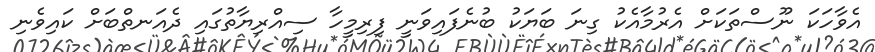
އެވާހަކަ ނޫސްތަކަށް އެރުމާއެކު ގިނަ ބަޔަކު ބުނެފައިވަނީ ފިރިމީހާ ސިއްރިޔާތުގައި ދެއަނތްބަށް ކައިވެނި